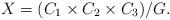
LaTeX: \begin{align*}X=(C_1 \times C_2 \times C_3)/G.\end{align*}